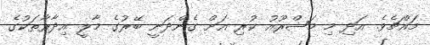
މައްޗެވެ. އަދި މި މަޝްރޫއު ކުރި އަށް ގެންދަނީ ބޭރުގެ މާލީ އިދާރާތަކުގެ